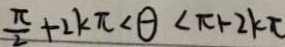
\frac { \pi } { 2 } + 2 k \pi < \theta < \pi + 2 k \pi